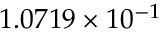
1 . 0 7 1 9 \times 1 0 ^ { - 1 }